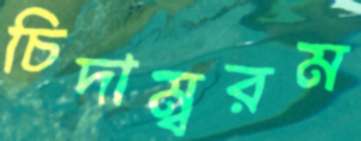
চিদাম্বরম